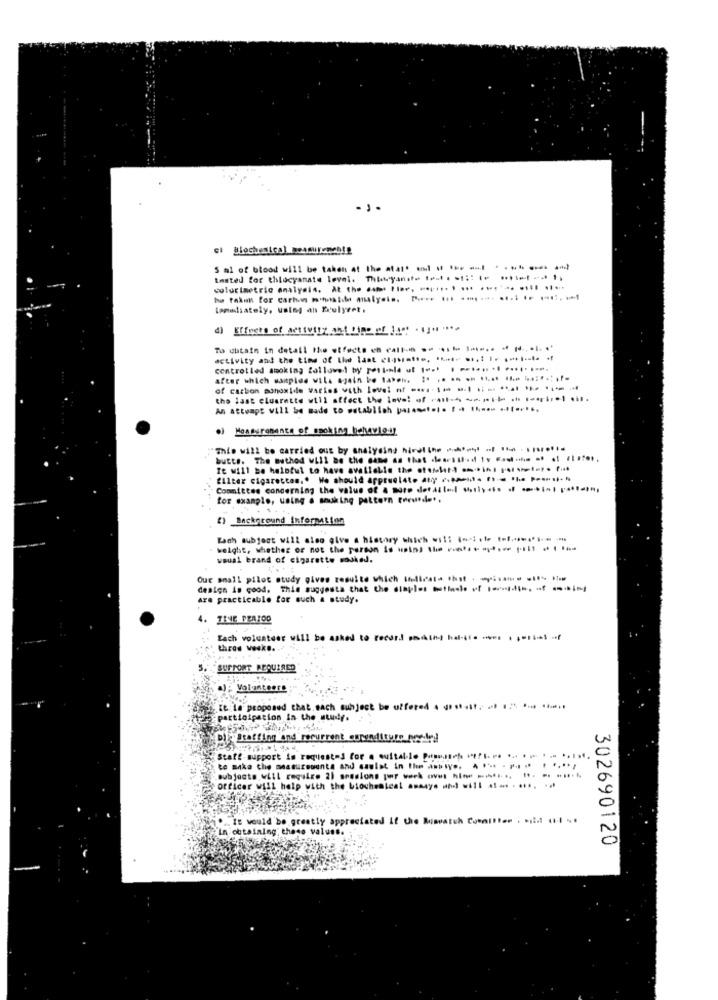
el Biochemical beasuremente
5 al of blood will be taken at the atatt ens . ... . ....- *
tested for thlocyanate level. Thisyanıt= test . st :: le ** 1-1)
colorimetric analysis. At the ... 1ter, ....... . ... .***** .... ....
hø falun for carhun minsida alysis. .... ... ...... ...... ....
lameliately, using ahs Kulyret .
To obtain In detall the effects on call- - -- -.. . ...
activity and the time of the last etquette. ..... .,: |. .***-* -
centrotled smoking followed by restenle ut 1". . ........ ********.
after which samples wils again be taken. :. .. .. . ..... .... .......
of carbon monoxide varies with level nf -... 1. .. ..*****
the last clusratte will affect the level of --- ----- . ..... ..
An attempt will be made to establish prest ... . . ..... .. ( .....
) HonDurements of smoking behavio .!!
This will be carried out by analysing hirel the - .. .. . ........
butte. The method UL11 be the same as that ...... d .. ........ .. . .......
Te will be helpful to have available the otomhet! . mini rt vetet. (ist
"Alter cigaretten .. We should appreciate aty ..... ... ... ........
Committee concerning the value of a more detailed uly ... . ..... ....;
for example, using & snuking pattern Foru .....
.......
() Background information
Kach subject will also olve a history which will (nci .le tol ...----
weight, whether or not the person is using thewww.
wouah brand of cigarette muked.
Our small pilot study gives resulte which ilest hit ---- - -
design is good. This suggests that the staples botledle of 1-dis, - --
Are practicable for such a study.
TIME PERIOD
Fach volunteer will be asked to record washy hu-usowww . series of
thres week ..
SUPPORT REQUIRED
a); Volunteers
te la proposed that. each subject be offered . ..... it. .. .... .... .....
participation in the study.
b Staffing and recurrent curendtture posled
Staff support is requested for . suitable P.
.........
te make the measurements and sawist in the
subjects will require 21 anssions por work
------ - ---
officer will help with the bioche
ateat
It would be greatly appreciated if the Romwatch Committer . ..: d (14 . .
obtaining; these values
302690120